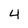
Character: 4